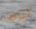
أعزف